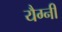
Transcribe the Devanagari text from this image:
यैग्नी